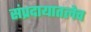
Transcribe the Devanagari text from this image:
संप्रदायातलेच